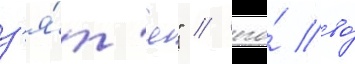
з'я́т'я" / его́ во́